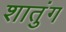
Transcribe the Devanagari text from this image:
शातुंग